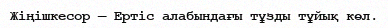
Жіңішкесор — Ертіс алабындағы тұзды тұйық көл.